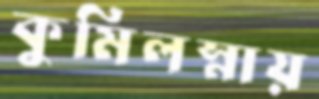
কুমিলস্নায়